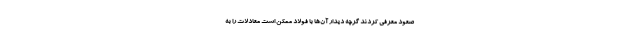
صعود معرفی کردند گرچه دیدار آن‌ها با فولاد ممکن است معادلات را به